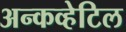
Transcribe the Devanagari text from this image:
अन्कव्हेटिल